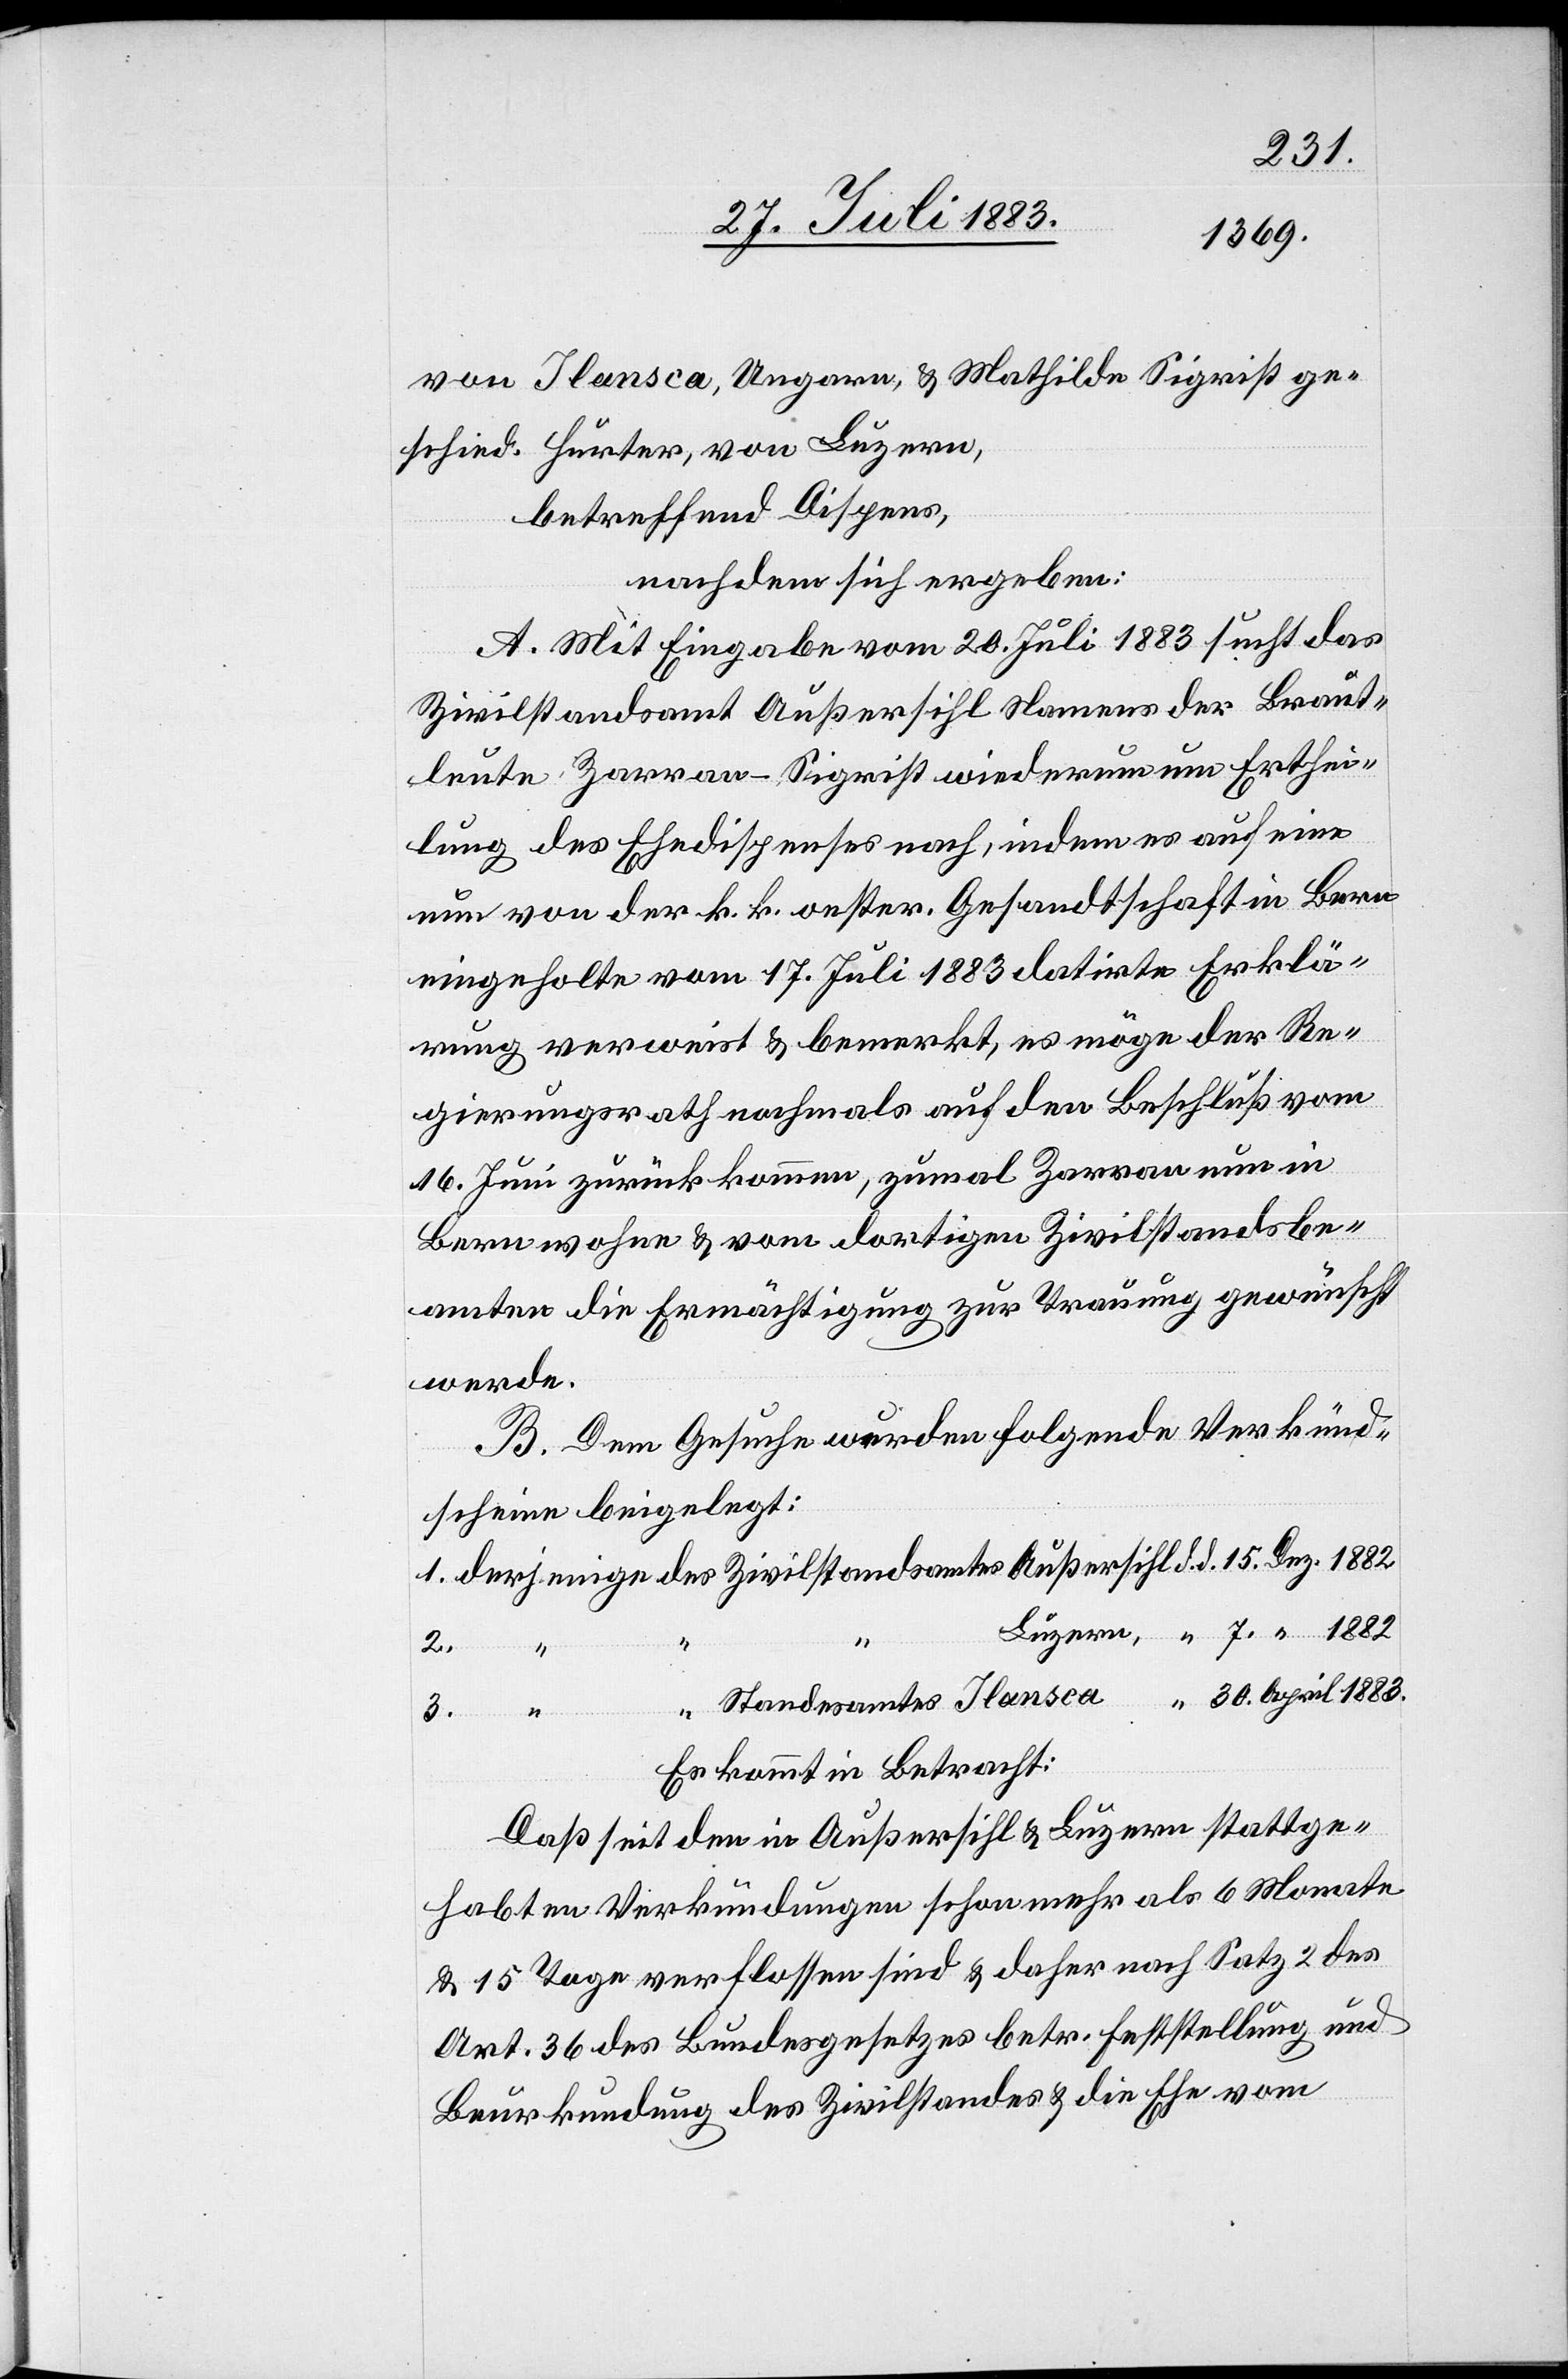
von Ilansca, Ungarn, & Mathilde Sigrist ge¬
schied. Hurter, von Luzern,
betreffend Dispens,
nachdem sich ergeben:
A. Mit Eingabe vom 20. Juli 1883 sucht das
Zivilstandsamt Außersihl Namens der Braut¬
leute Zarran-Sigrist wiederum um Erthei¬
lung des Ehedispens nach, indem es auf eine
nun von der k. k. oester. Gesandtschaft in Bern
eingeholte vom 17. Juli 1883 datirte Erklä¬
rung verweist & bemerkt, es möge der Re¬
gierungsrath nochmals auf den Beschluß vom
16. Juli zurückkommen, zumal Zarran nun in
Bern wohne & vom dortigen Zivilstandsbe¬
amten die Ermächtigung zur Trauung gewünscht
werde.
B. Dem Gesuche wurden folgende Verkünd¬
scheine beigelegt:
15.
2.
“
30.
Es kommt in Betracht:
Daß seit den in Außersihl & Luzern stattge¬
habten Verkündungen schon mehr als 6 Monate
& 15 Tage verflossen sind & daher nach Satz 2 des
Art. 36 des Bundesgesetzes betr. Feststellung und
Beurkundung des Zivilstandes & die Ehe vom